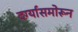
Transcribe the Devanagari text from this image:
दर्ग्यासमोरून